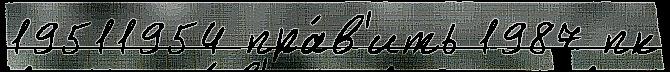
19511954 пра́в'ить 1987 пк